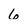
Character: 6